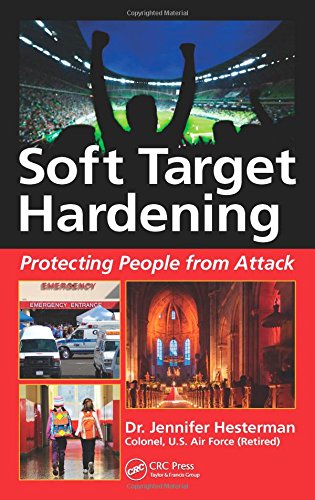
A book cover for Soft Target Hardening: Protecting People from Attack; Jennifer Hesterman; Law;